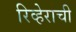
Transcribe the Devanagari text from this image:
रिव्हेराची